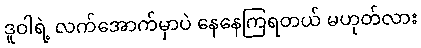
ဒူဝါရဲ့ လက်အောက်မှာပဲ နေနေကြရတယ် မဟုတ်လား